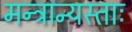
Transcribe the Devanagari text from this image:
मन्त्रान्यस्ताः